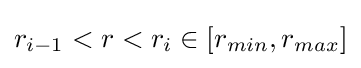
r_{i-1}<r<r_{i}\in [r_{min},r_{max}]